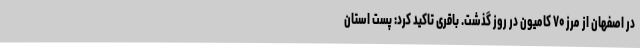
در اصفهان از مرز ۷۰ کامیون در روز گذشت. باقری تاکید کرد: پست استان